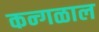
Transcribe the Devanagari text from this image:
कन्गळाल